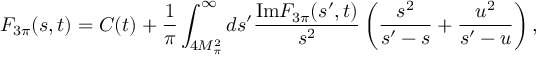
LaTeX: F _ { 3 \pi } ( s , t ) = C ( t ) + \frac { 1 } { \pi } \int _ { 4 M _ { \pi } ^ { 2 } } ^ { \infty } d s ^ { \prime } \frac { \mathrm { I m } F _ { 3 \pi } ( s ^ { \prime } , t ) } { s ^ { 2 } } \left( \frac { s ^ { 2 } } { s ^ { \prime } - s } + \frac { u ^ { 2 } } { s ^ { \prime } - u } \right) ,